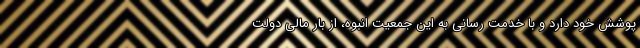
پوشش خود دارد و با خدمت رسانی به این جمعیت انبوه، از بار مالی دولت